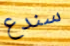
سندع